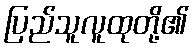
ပြည်သူလူထုတို့၏